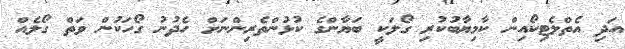
އަދި އެތްލެޓިކޯއިން ކާމިޔާބުކުރި ގޯލަކީ ބަޔާންގެ ކުޅުންތެރިންނަށް ހެދުނު ގޯހަކުން ވަތް ގޯލެއް